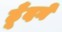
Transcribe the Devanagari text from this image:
ढूँदने